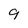
Character: 9